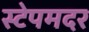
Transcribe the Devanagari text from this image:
स्टेपमदर